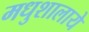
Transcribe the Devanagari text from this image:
मधुशालाये